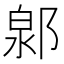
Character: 𨜩